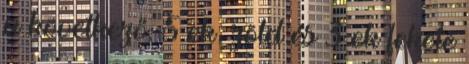
a következő: 5 ek. zöld és 3 ek fekete